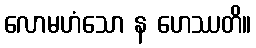
လောမဟံသော န ဟေဿတိ။